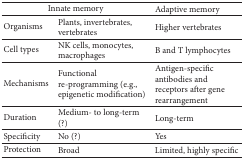
<table><thead><tr><td colspan="2"><b>Innate memory</b></td><td><b>Adaptive memory</b></td></tr></thead><tbody><tr><td>Organisms</td><td>Plants, invertebrates, vertebrates</td><td>Higher vertebrates </td></tr><tr><td>Cell types</td><td>NK cells, monocytes, macrophages</td><td>B and T lymphocytes</td></tr><tr><td>Mechanisms</td><td>Functional re-programming (e.g., epigenetic modification)</td><td>Antigen-specific antibodies and receptors after gene rearrangement</td></tr><tr><td>Duration</td><td>Medium- to long-term (?)</td><td>Long-term</td></tr><tr><td>Specificity</td><td>No (?)</td><td>Yes</td></tr><tr><td>Protection</td><td>Broad</td><td>Limited, highly specific</td></tr></tbody></table>